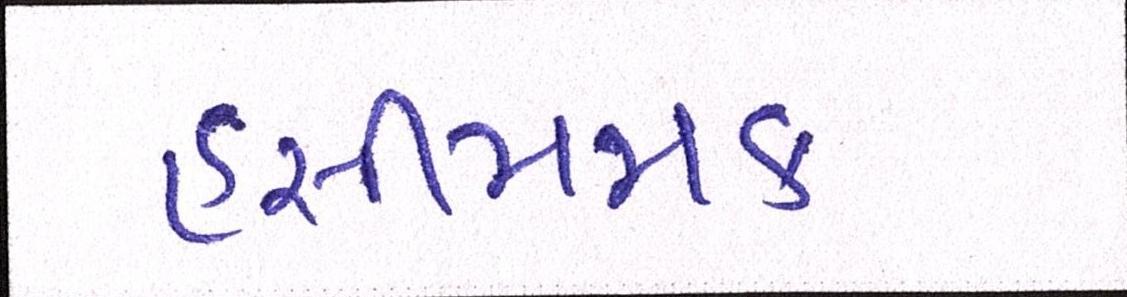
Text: હસીમજાક